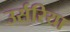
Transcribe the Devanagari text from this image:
उर्सरिया